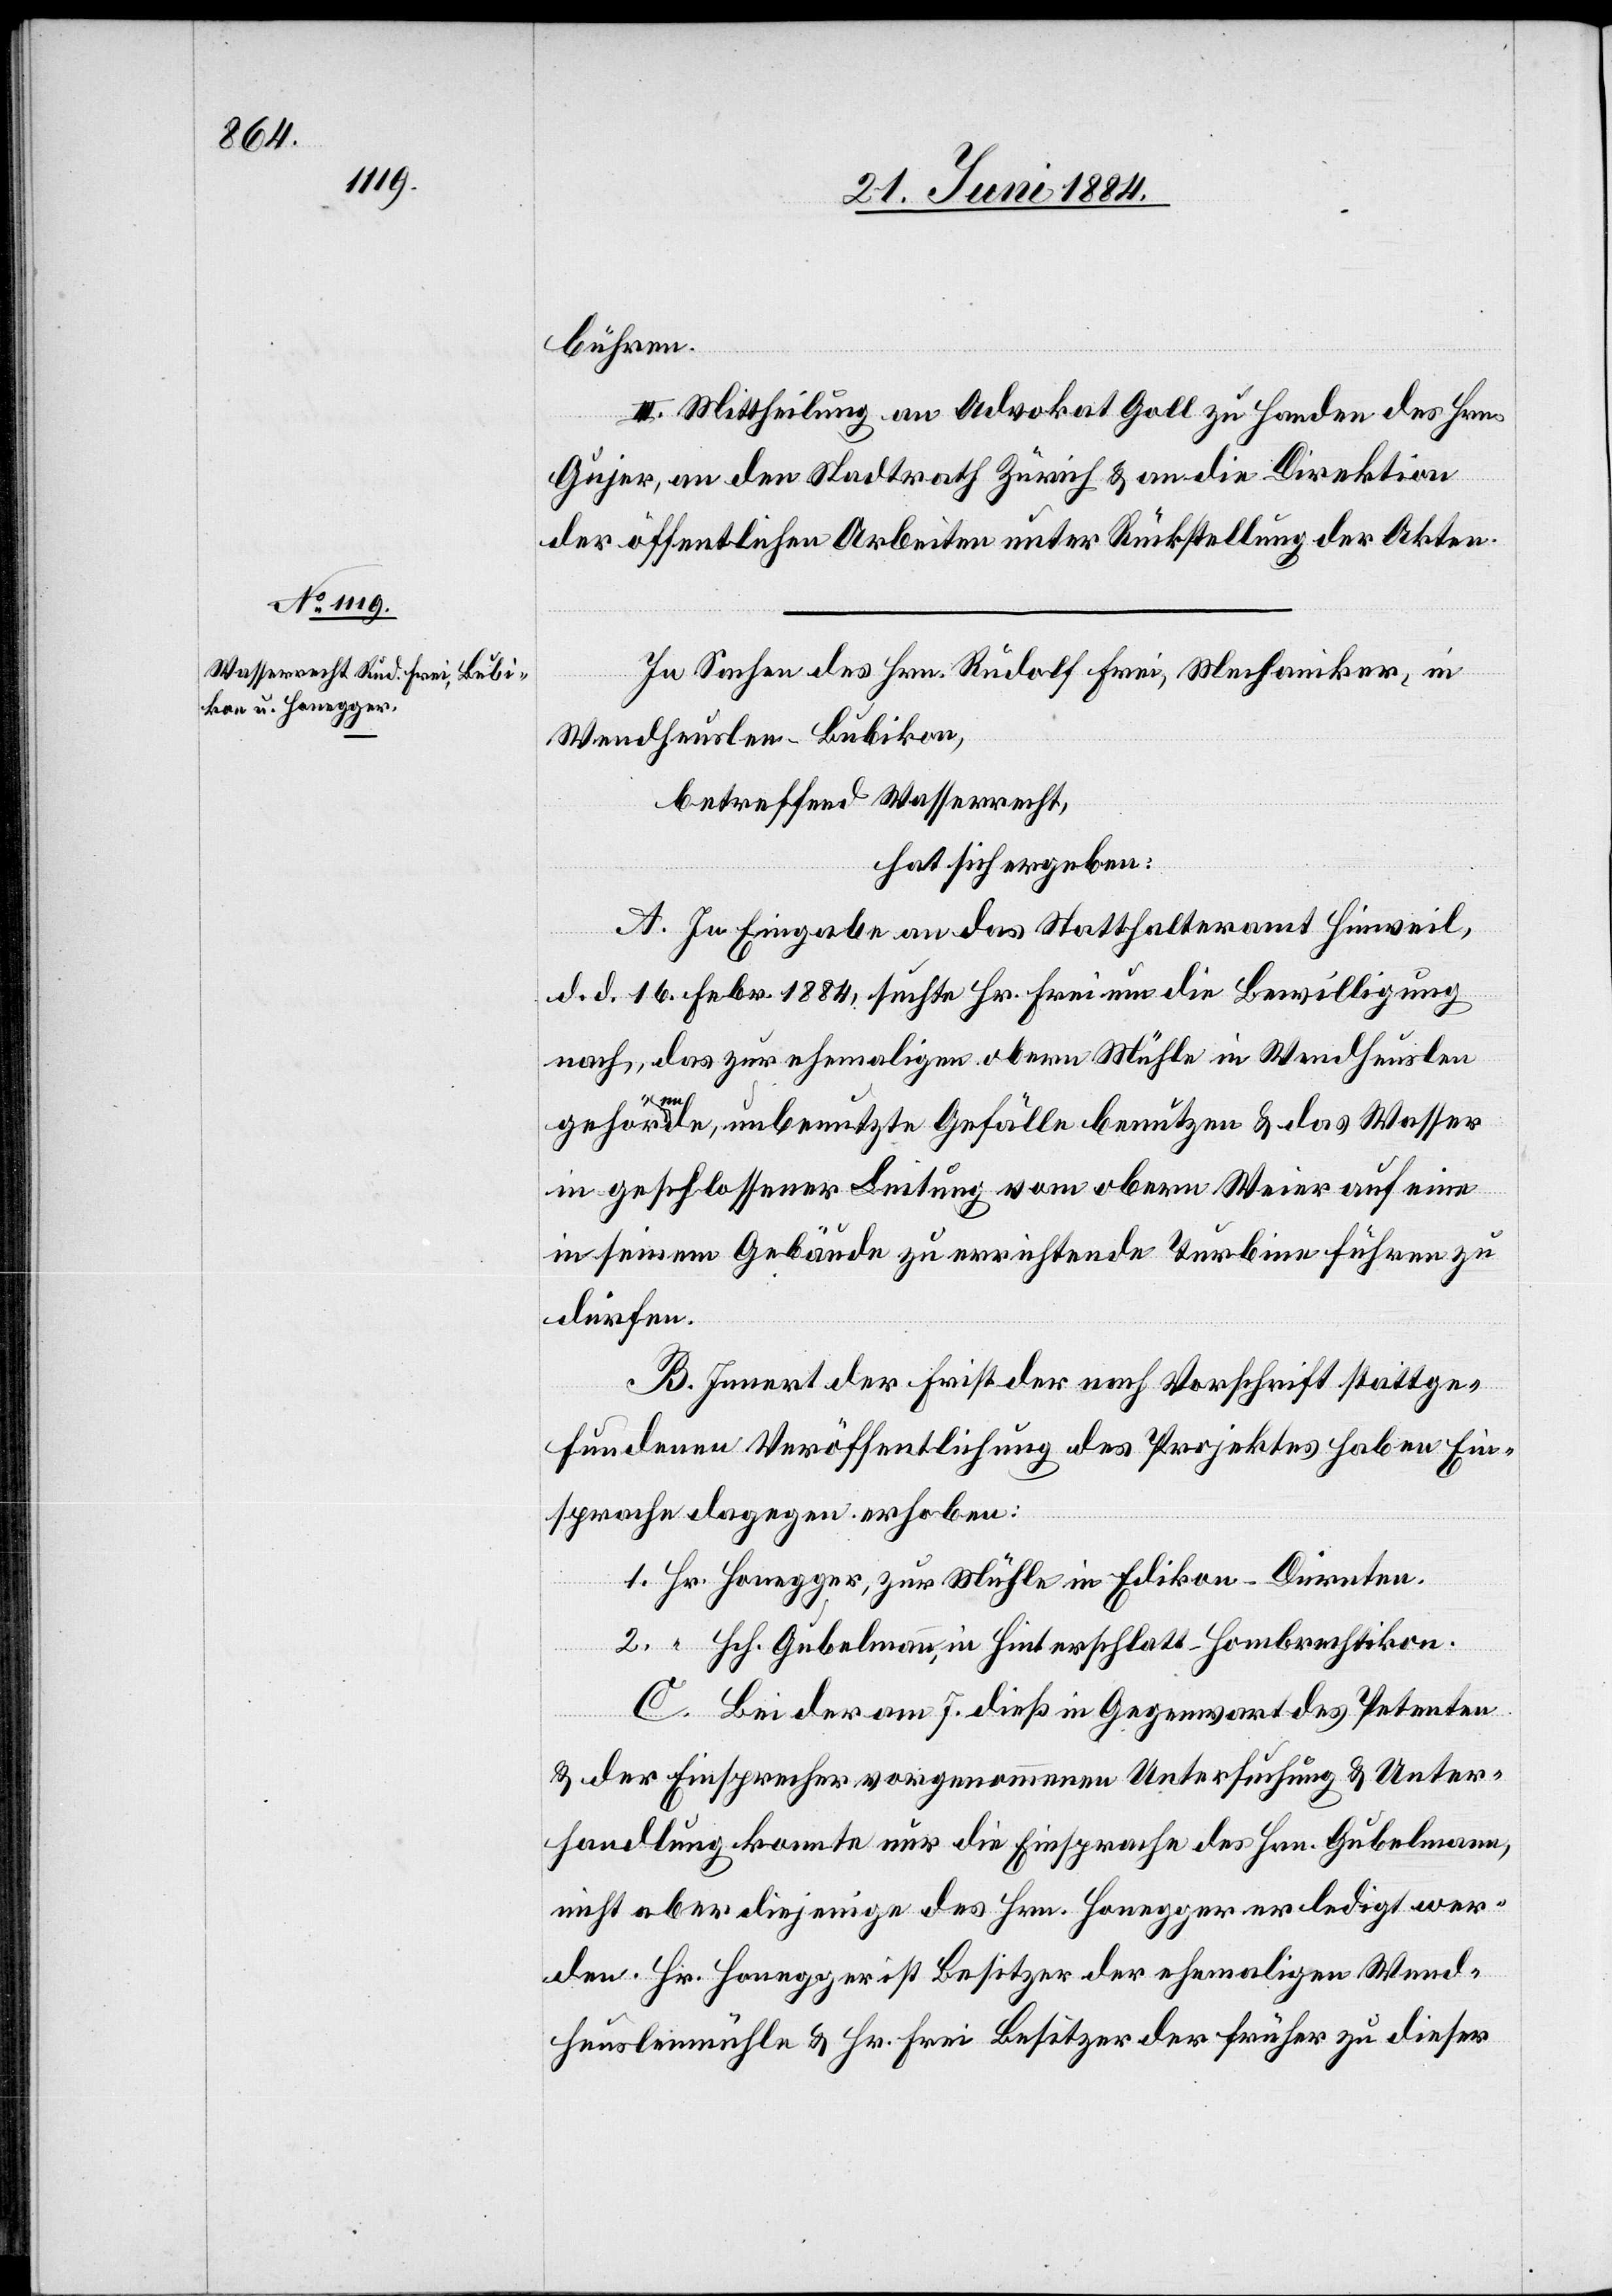
bühren.
III. Mittheilung an Advokat Goll zu Handen des Hrn.
Dürn¬
Gujer, an den Stadtrath Zürich & an die Direktion
der öffentlichen Arbeiten unter Rückstellung der Akten.
In Sachen des Hrn. Rudolf Frei, Mechaniker, in
Wendheuslen - Bubikon,
betreffend Wasserrecht,
hat sich ergeben:
A. In Eingabe an das Statthalteramt Hinweil,
d. d. 16. Febr. 1884, suchte Hr. Frei um die Bewilligung
nach, das zur ehemaligen obern Mühle in Wendheuslen
2.
gehörende, unbenutzte Gefälle benutzen & das Wasser
in geschlossener Leitung vom obern Weier auf eine
in seinem Gebäude zu errichtende Turbine führen zu
dürfen.
B. Innert der Frist der nach Vorschrift stattge¬
fundenen Veröffentlichung des Projektes haben Ein¬
ten.
sprache dagegen erhoben:
Hch. Gubelmann, in Hinterschlatt - Hombrechtikon.
C. Bei der am 7. dieß in Gegenwart & Unter¬
handlung konnte nur die Einsprache des Hrn. Gubelmann,
nicht aber diejenige des Hrn. Honegger erledigt wer¬
den. Hr. Honegger ist Besitzer der ehemaligen Wend¬
heuslenmühle & Hr. Frei Besitzer der früher zu dieser